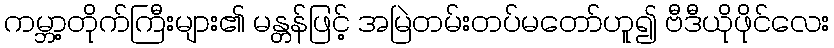
ကမ္ဘာ့တိုက်ကြီးများ၏ မန္တန်ဖြင့် အမြဲတမ်းတပ်မတော်ဟူ၍ ဗီဒီယိုဖိုင်လေး